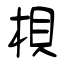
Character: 梖